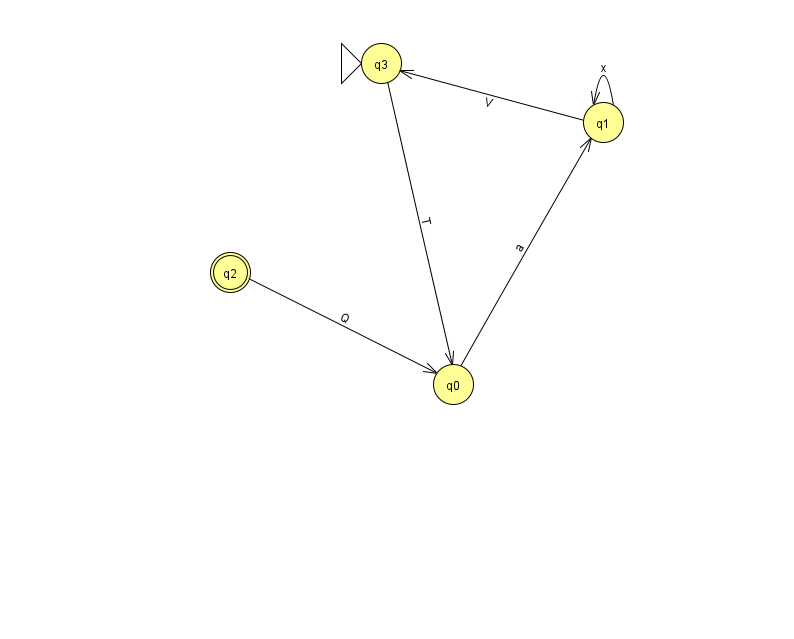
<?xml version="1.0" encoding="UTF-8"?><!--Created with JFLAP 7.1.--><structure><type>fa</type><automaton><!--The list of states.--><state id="0" name="q0"><x>453.0</x><y>371.0</y></state><state id="1" name="q1"><x>603.0</x><y>109.0</y></state><state id="2" name="q2"><x>230.0</x><y>259.0</y><final/></state><state id="3" name="q3"><x>381.0</x><y>50.0</y><initial/></state><!--The list of transitions.--><transition><from>0</from><to>1</to><read>a</read></transition><transition><from>1</from><to>3</to><read>V</read></transition><transition><from>3</from><to>0</to><read>T</read></transition><transition><from>1</from><to>1</to><read>x</read></transition><transition><from>2</from><to>0</to><read>Q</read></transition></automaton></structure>